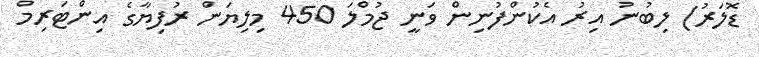
ޑޮލަރު) ލިބުނު އިރު އެކުންފުނިން ވަނީ ޖުމްލަ 450 މިލިޔަން ރުފިޔާގެ އިންޓަރިމް